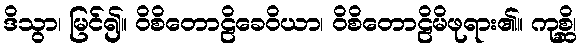
ဒိသွာ၊ မြင်၍။ ဝိစိတောဠိခေဝိယာ၊ ဝိစိတောဠိမိဖုရား၏။ ကုစ္ဆိ၊